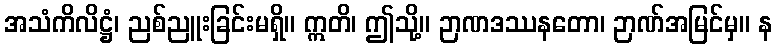
အသံကိလိဋ္ဌံ၊ ညစ်ညူးခြင်းမရှိ။ ဣတိ၊ ဤသို့။ ဉာဏဒဿနတော၊ ဉာဏ်အမြင်မှ။ န